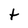
Character: t